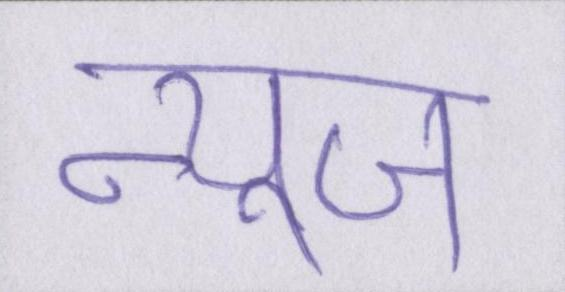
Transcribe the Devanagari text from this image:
न्यूज